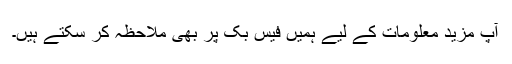
آپ مزید معلومات کے لیے ہمیں فیس بک پر بھی ملاحظہ کر سکتے ہیں۔